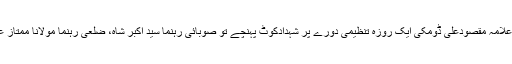
وحدت نیوز (شہدادکوٹ) مجلس وحدت مسلمین صوبہ سندہ کے سیکریٹری جنرل علامہ مقصودعلی ڈومکی ایک روزہ تنظیمی دورے پر شہدادکوٹ پہنچے تو صوبائی رہنما سید اکبر شاہ، ضلعی رہنما مولانا ممتاز علی ایمانی، محمد علی مگسی ، تنظیمی کارکنوں اور مومنین نے ان کا استقبال کیا۔